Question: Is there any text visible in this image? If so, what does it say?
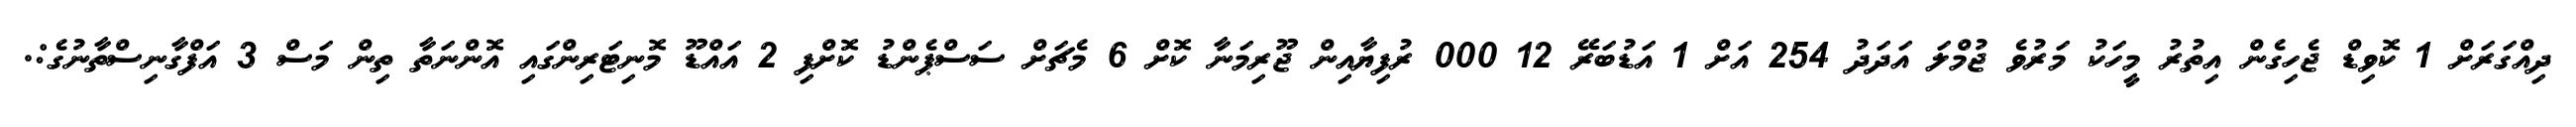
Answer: ދިއްގަރަށް 1 ކޮވިޑް ޖެހިގެން އިތުރު މީހަކު މަރުވެ ޖުމްލަ އަދަދު 254 އަށް 1 އަޑުބަރޭ 12 000 ރުފިޔާއިން ޖޫރިމަނާ ކޮށް 6 މެޗަށް ސަސްޕެންޑު ކޮށްފި 2 އައްޑޫ މޮނިޓަރިންގައި އޮންނަތާ ތިން މަސް 3 އަފްގާނިސްތާނުގެ:.